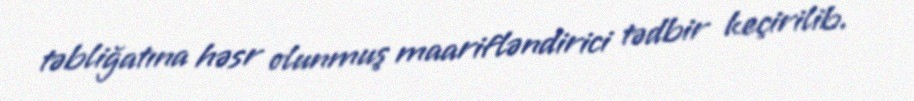
təbliğatına həsr olunmuş maarifləndirici tədbir keçirilib.